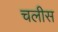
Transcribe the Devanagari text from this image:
चलीस